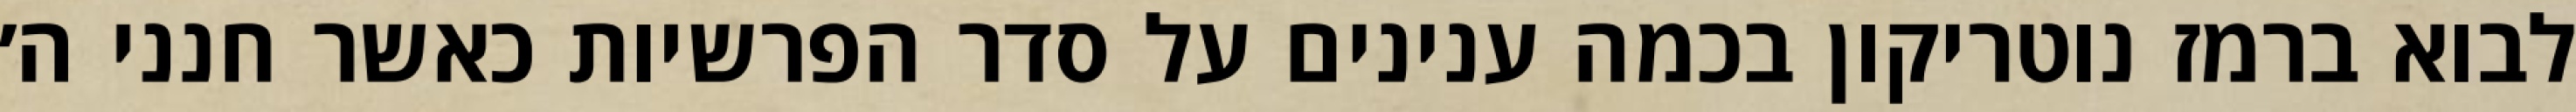
לבוא ברמז נוטריקון בכמה ענינים על סדר הפרשיות כאשר חנני ה׳